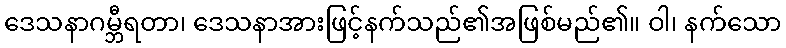
ဒေသနာဂမ္ဘီရတာ၊ ဒေသနာအားဖြင့်နက်သည်၏အဖြစ်မည်၏။ ဝါ၊ နက်သော